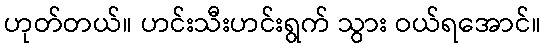
ဟုတ်တယ်။ ဟင်းသီးဟင်းရွက် သွား ဝယ်ရအောင်။